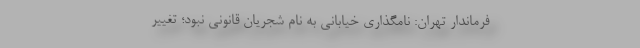
فرماندار تهران: نامگذاری خیابانی به نام شجریان قانونی نبود؛ تغییر